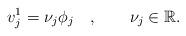
LaTeX: \begin{align*}v_j^1=\nu_j\phi_j~~~,~~~~~~\nu_j\in\mathbb{R}.\end{align*}